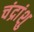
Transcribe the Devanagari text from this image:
चंद्रांशु